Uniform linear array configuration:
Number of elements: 8
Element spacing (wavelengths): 0.5
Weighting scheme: binomial
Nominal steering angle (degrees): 60
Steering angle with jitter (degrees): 61.453
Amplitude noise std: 0.05
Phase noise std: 0.05

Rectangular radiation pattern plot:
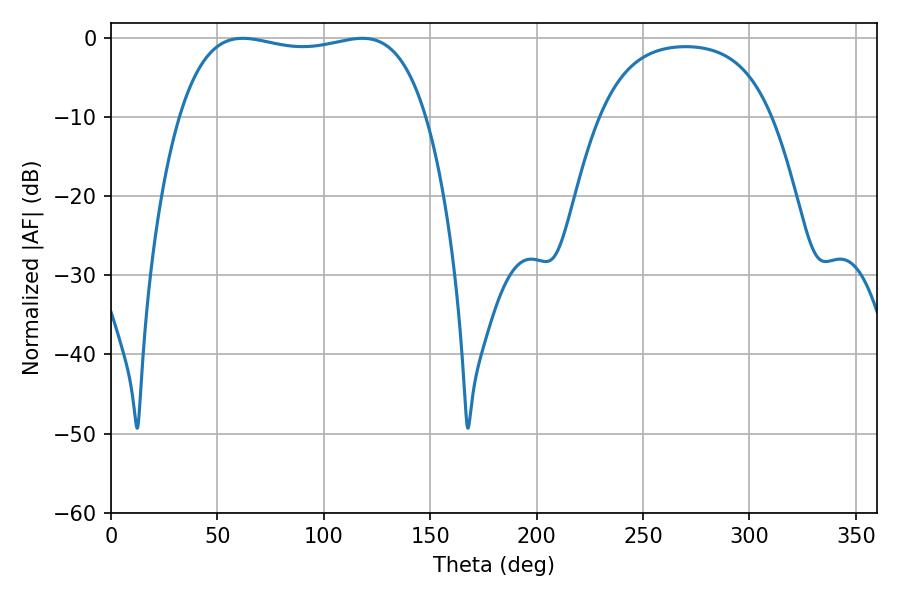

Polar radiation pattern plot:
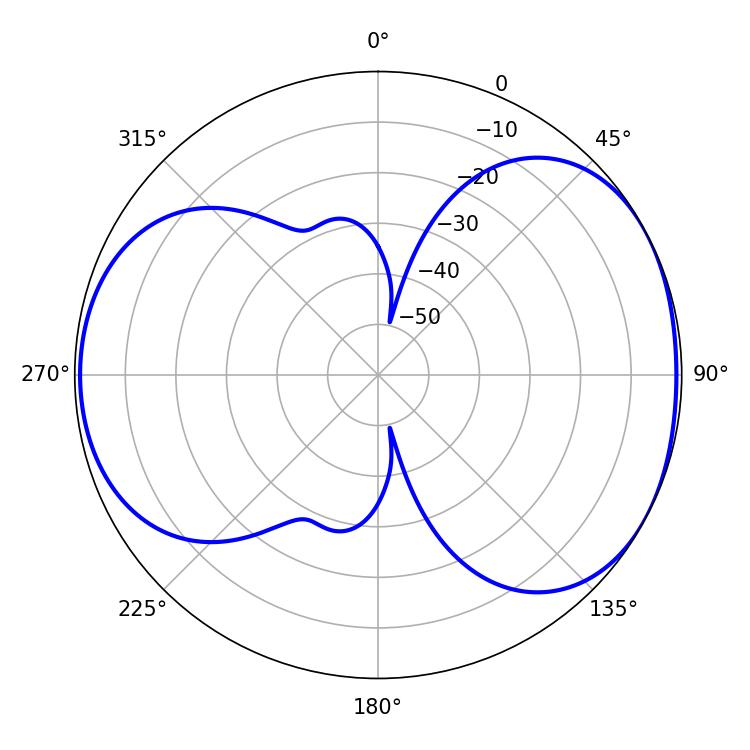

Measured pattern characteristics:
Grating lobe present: FALSE
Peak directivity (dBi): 5.038
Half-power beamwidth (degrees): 93.24
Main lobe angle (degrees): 61.92